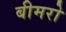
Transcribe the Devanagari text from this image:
बीमरो